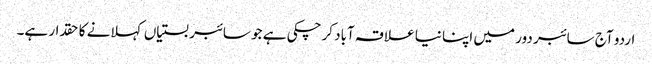
اردو آج سائبر دور میں اپنا نیا علاقہ آباد کرچکی ہے جو سائبر بستیاں کہلانے کا حقدار ہے۔